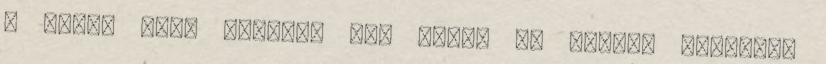
a gond, mert könnyen itt ragad az ember. Valamint